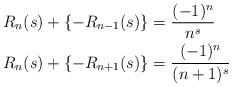
LaTeX: \begin{align*} R_{n}(s)+\{-R_{n-1}(s)\}&=\frac{(-1)^{n}}{n^s} \\ R_{n}(s)+\{-R_{n+1}(s)\}&=\frac{(-1)^{n}}{(n+1)^s} \end{align*}